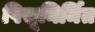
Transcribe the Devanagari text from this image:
पिसूनिर्मित